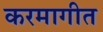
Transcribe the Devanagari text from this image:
करमागीत